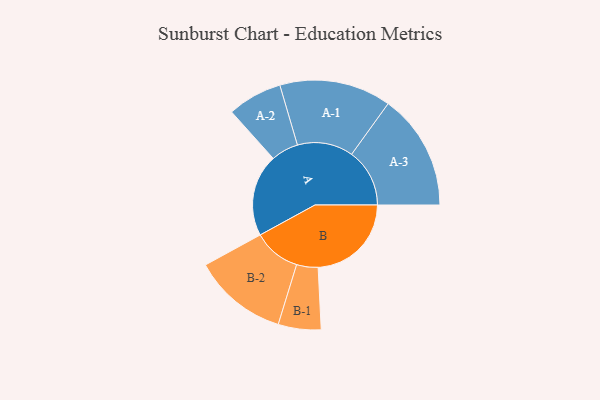
{"axis": {"x": "Segment", "y": "Value"}, "legend": ["", "A", "B"], "data": [{"x": "A", "y": 415, "type": ""}, {"x": "B", "y": 471, "type": ""}, {"x": "A-1", "y": 282, "type": "A"}, {"x": "A-2", "y": 138, "type": "A"}, {"x": "A-3", "y": 293, "type": "A"}, {"x": "B-1", "y": 108, "type": "B"}, {"x": "B-2", "y": 239, "type": "B"}]}